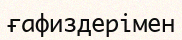
ғафиздерімен